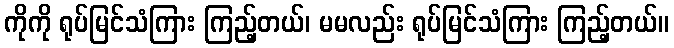
ကိုကို ရုပ်မြင်သံကြား ကြည့်တယ်၊ မမလည်း ရုပ်မြင်သံကြား ကြည့်တယ်။